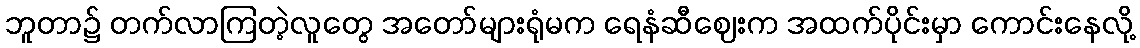
ဘူတာ၌ တက်လာကြတဲ့လူတွေ အတော်များရုံမက ရေနံဆီဈေးက အထက်ပိုင်းမှာ ကောင်းနေလို့